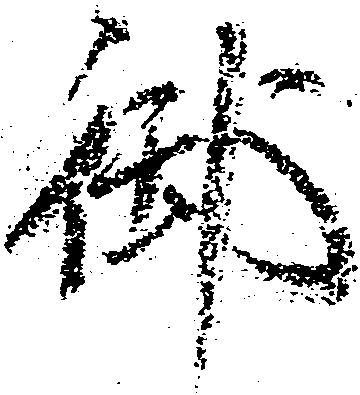
御